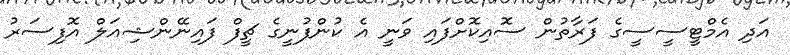
އަދި އެމްޓީސީސީގެ ފަރާތުން ސޮއިކޮށްފައި ވަނީ އެ ކުންފުނީގެ ޗީފް ފައިނޭންޝިއަލް އޮފިސަރު